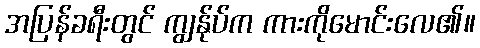
အပြန်ခရီးတွင် ကျွန်ုပ်က ကားကိုမောင်းလေ၏။